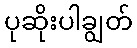
ပုဆိုးပါချွတ်